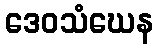
ဒေဝသံဃေန